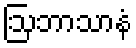
ဩဘာသာနံ